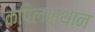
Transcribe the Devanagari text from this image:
कपिलस्थान